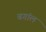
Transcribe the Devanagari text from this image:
बगांल